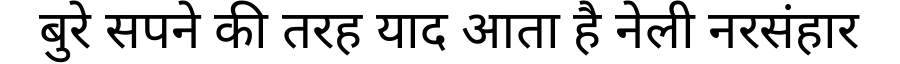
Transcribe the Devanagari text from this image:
बुरे सपने की तरह याद आता है नेली नरसंहार